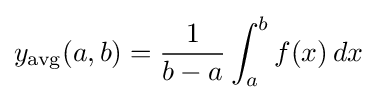
y_{\text{avg}}(a,b)={\frac {1}{b-a}}\int _{a}^{b}f(x)\,dx